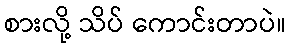
စားလို့ သိပ် ကောင်းတာပဲ။